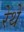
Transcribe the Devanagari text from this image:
रेथे